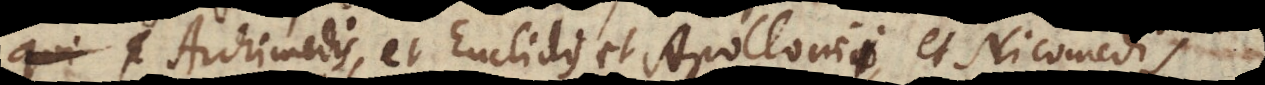
Archimedis, et Euclidis, et Apollonii, et Nicomedis,